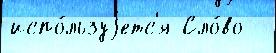
испо́льзуjетс'я Сло́во